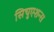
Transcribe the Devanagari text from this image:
सिचुएशन्स